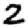
Digit: 2